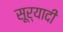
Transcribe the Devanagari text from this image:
सूर्यादी